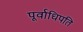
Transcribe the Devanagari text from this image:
पूर्वाधिपति